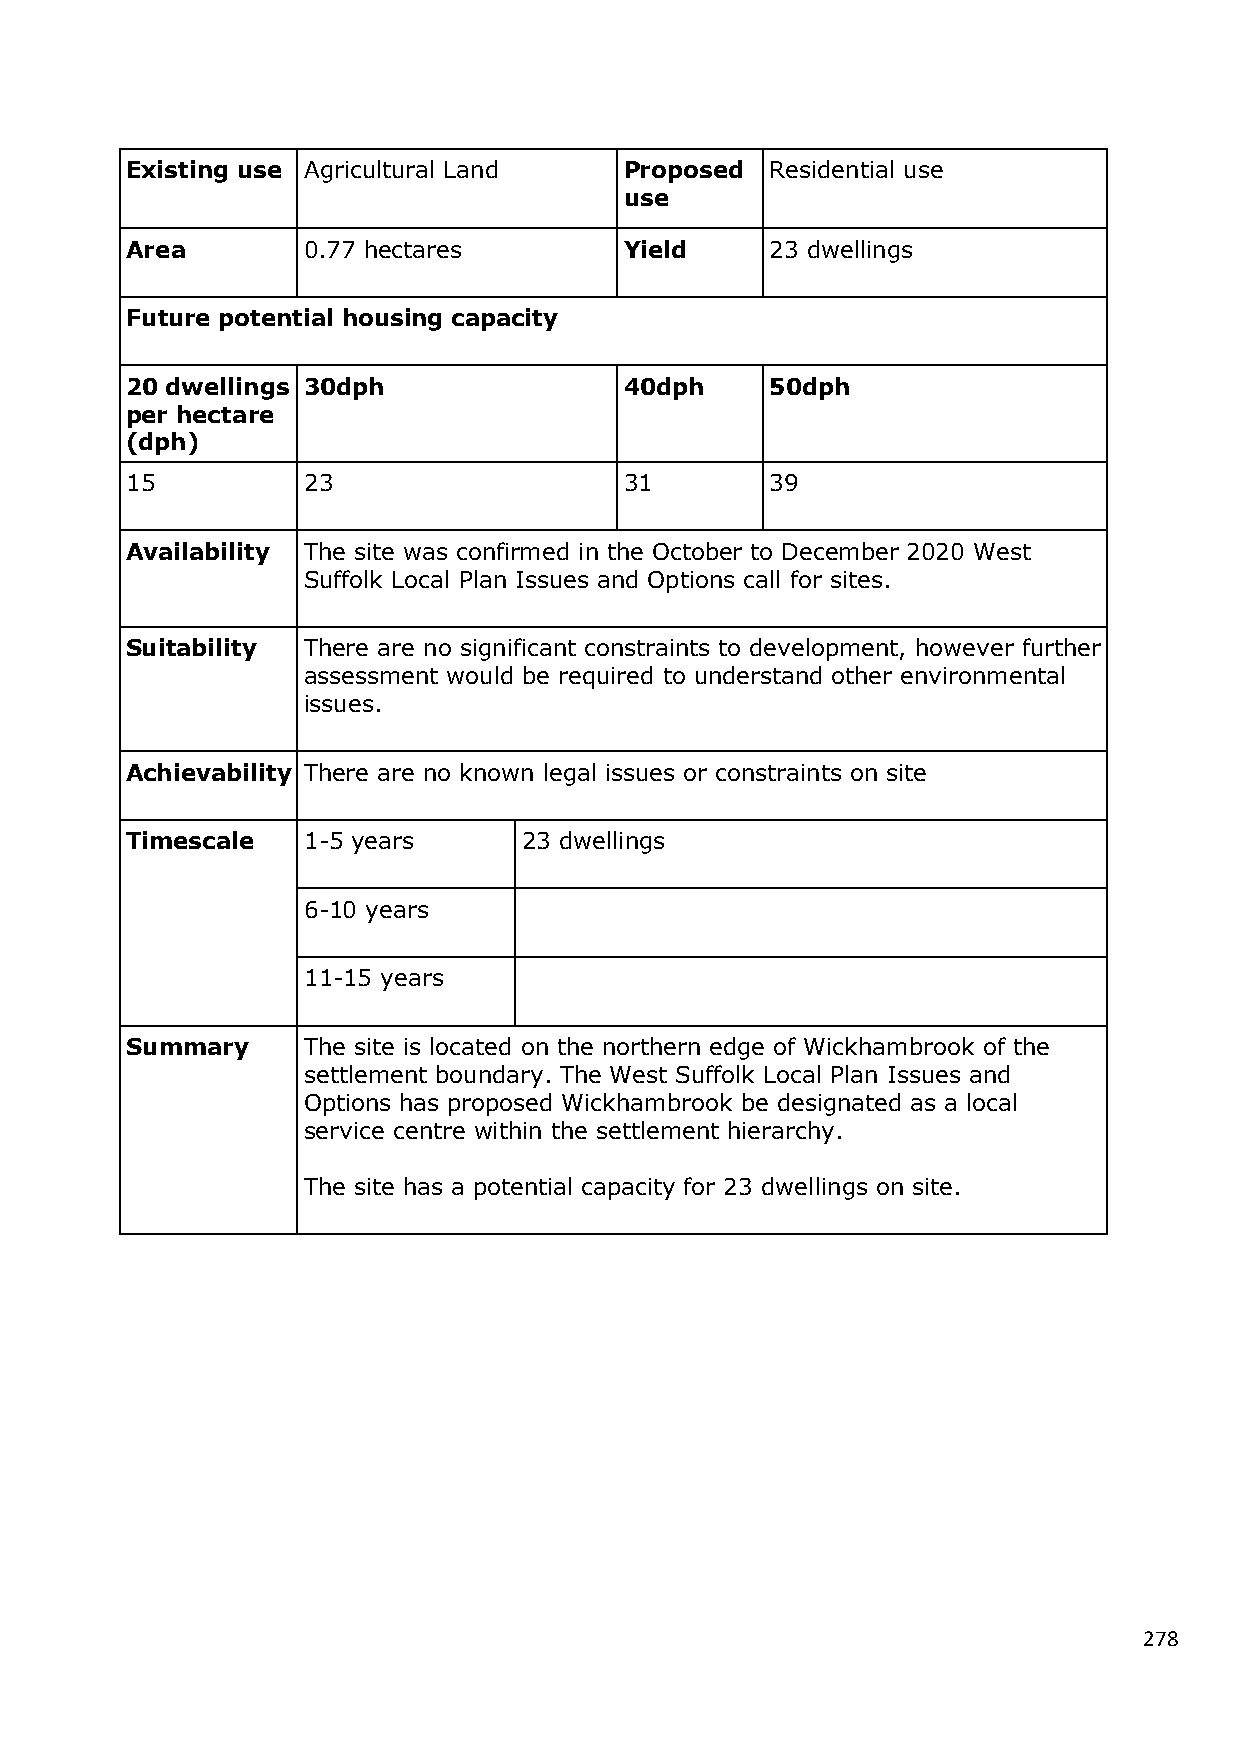
Existing use Agricultural Land   Proposed  Residential use
 use
 Area        0.77 hectares        Yield     23 dwellings
 Future potential housing capacity
 20 dwellings 30dph               40dph     50dph
 per hectare
 (dph)
 15          23                   31        39
 Availability The site was confirmed in the October to December 2020 West
 Suffolk Local Plan Issues and Options call for sites.
 Suitability There are no significant constraints to development, however further
 assessment would be required to understand other environmental
 issues.
 Achievability There are no known legal issues or constraints on site
 Timescale   1-5 years      23 dwellings
 6-10 years
 11-15 years
 Summary     The site is located on the northern edge of Wickhambrook of the
 settlement boundary. The West Suffolk Local Plan Issues and
 Options has proposed Wickhambrook be designated as a local
 service centre within the settlement hierarchy.
 The site has a potential capacity for 23 dwellings on site.
 278